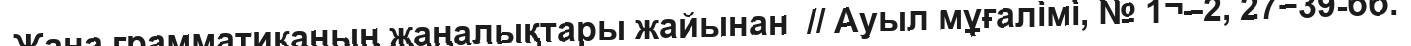
Жаңа грамматиканың жаңалықтары жайынан  // Ауыл мұғалімі, № 1¬–2, 27−39-бб.